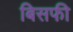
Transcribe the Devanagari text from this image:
बिसफी